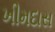
ખીમદાસ